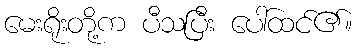
မေးရိုးတို့က ပီသပြီး ပေါ်ထင်၏။